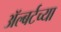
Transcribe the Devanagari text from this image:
ॲल्बर्टच्या